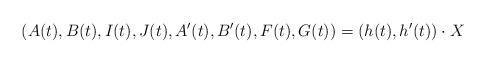
LaTeX: \begin{align*}(A(t),B(t),I(t),J(t),A'(t),B'(t),F(t),G(t)) = (h(t),h'(t))\cdot X\end{align*}